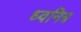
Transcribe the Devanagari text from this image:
ध्वनित्र